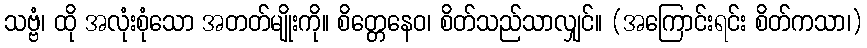
သဗ္ဗံ၊ ထို အလုံးစုံသော အတတ်မျိုးကို။ စိတ္တေနေဝ၊ စိတ်သည်သာလျှင်။ (အကြောင်းရင်း စိတ်ကသာ၊)